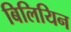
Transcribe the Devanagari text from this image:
बिलियिन